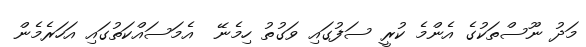
މަދު ނޫސްތަކުގެ އެންމެ ކުރީ ސަފުގައި ވަގުތު ހިމެނޭ  އެމަސައްކަތުގައި އަހަރެމެން